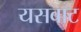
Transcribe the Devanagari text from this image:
यसबाट